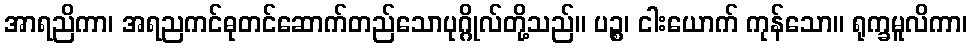
အာရညိကာ၊ အရညကင်ဓုတင်ဆောက်တည်သောပုဂ္ဂိုလ်တို့သည်။ ပဉ္စ၊ ငါးယောက် ကုန်သော။ ရုက္ခမူလိကာ၊